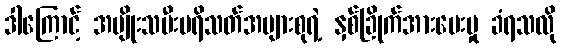
ဒါကြောင့် အမျိုးသမီးပရိသတ်အများစုရဲ့ နှစ်ခြိုက်အားပေးမှု ခံရသလို